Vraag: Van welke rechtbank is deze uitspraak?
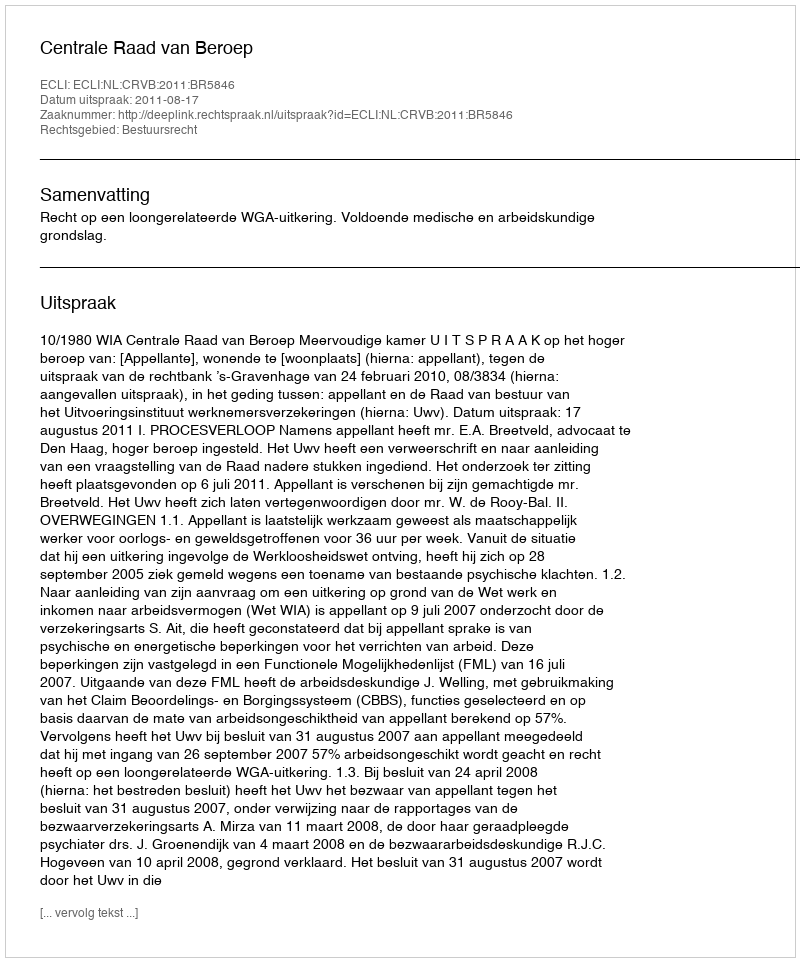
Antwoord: Centrale Raad van Beroep